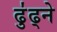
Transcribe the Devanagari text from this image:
ढु॑ढ्ने